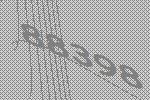
88398